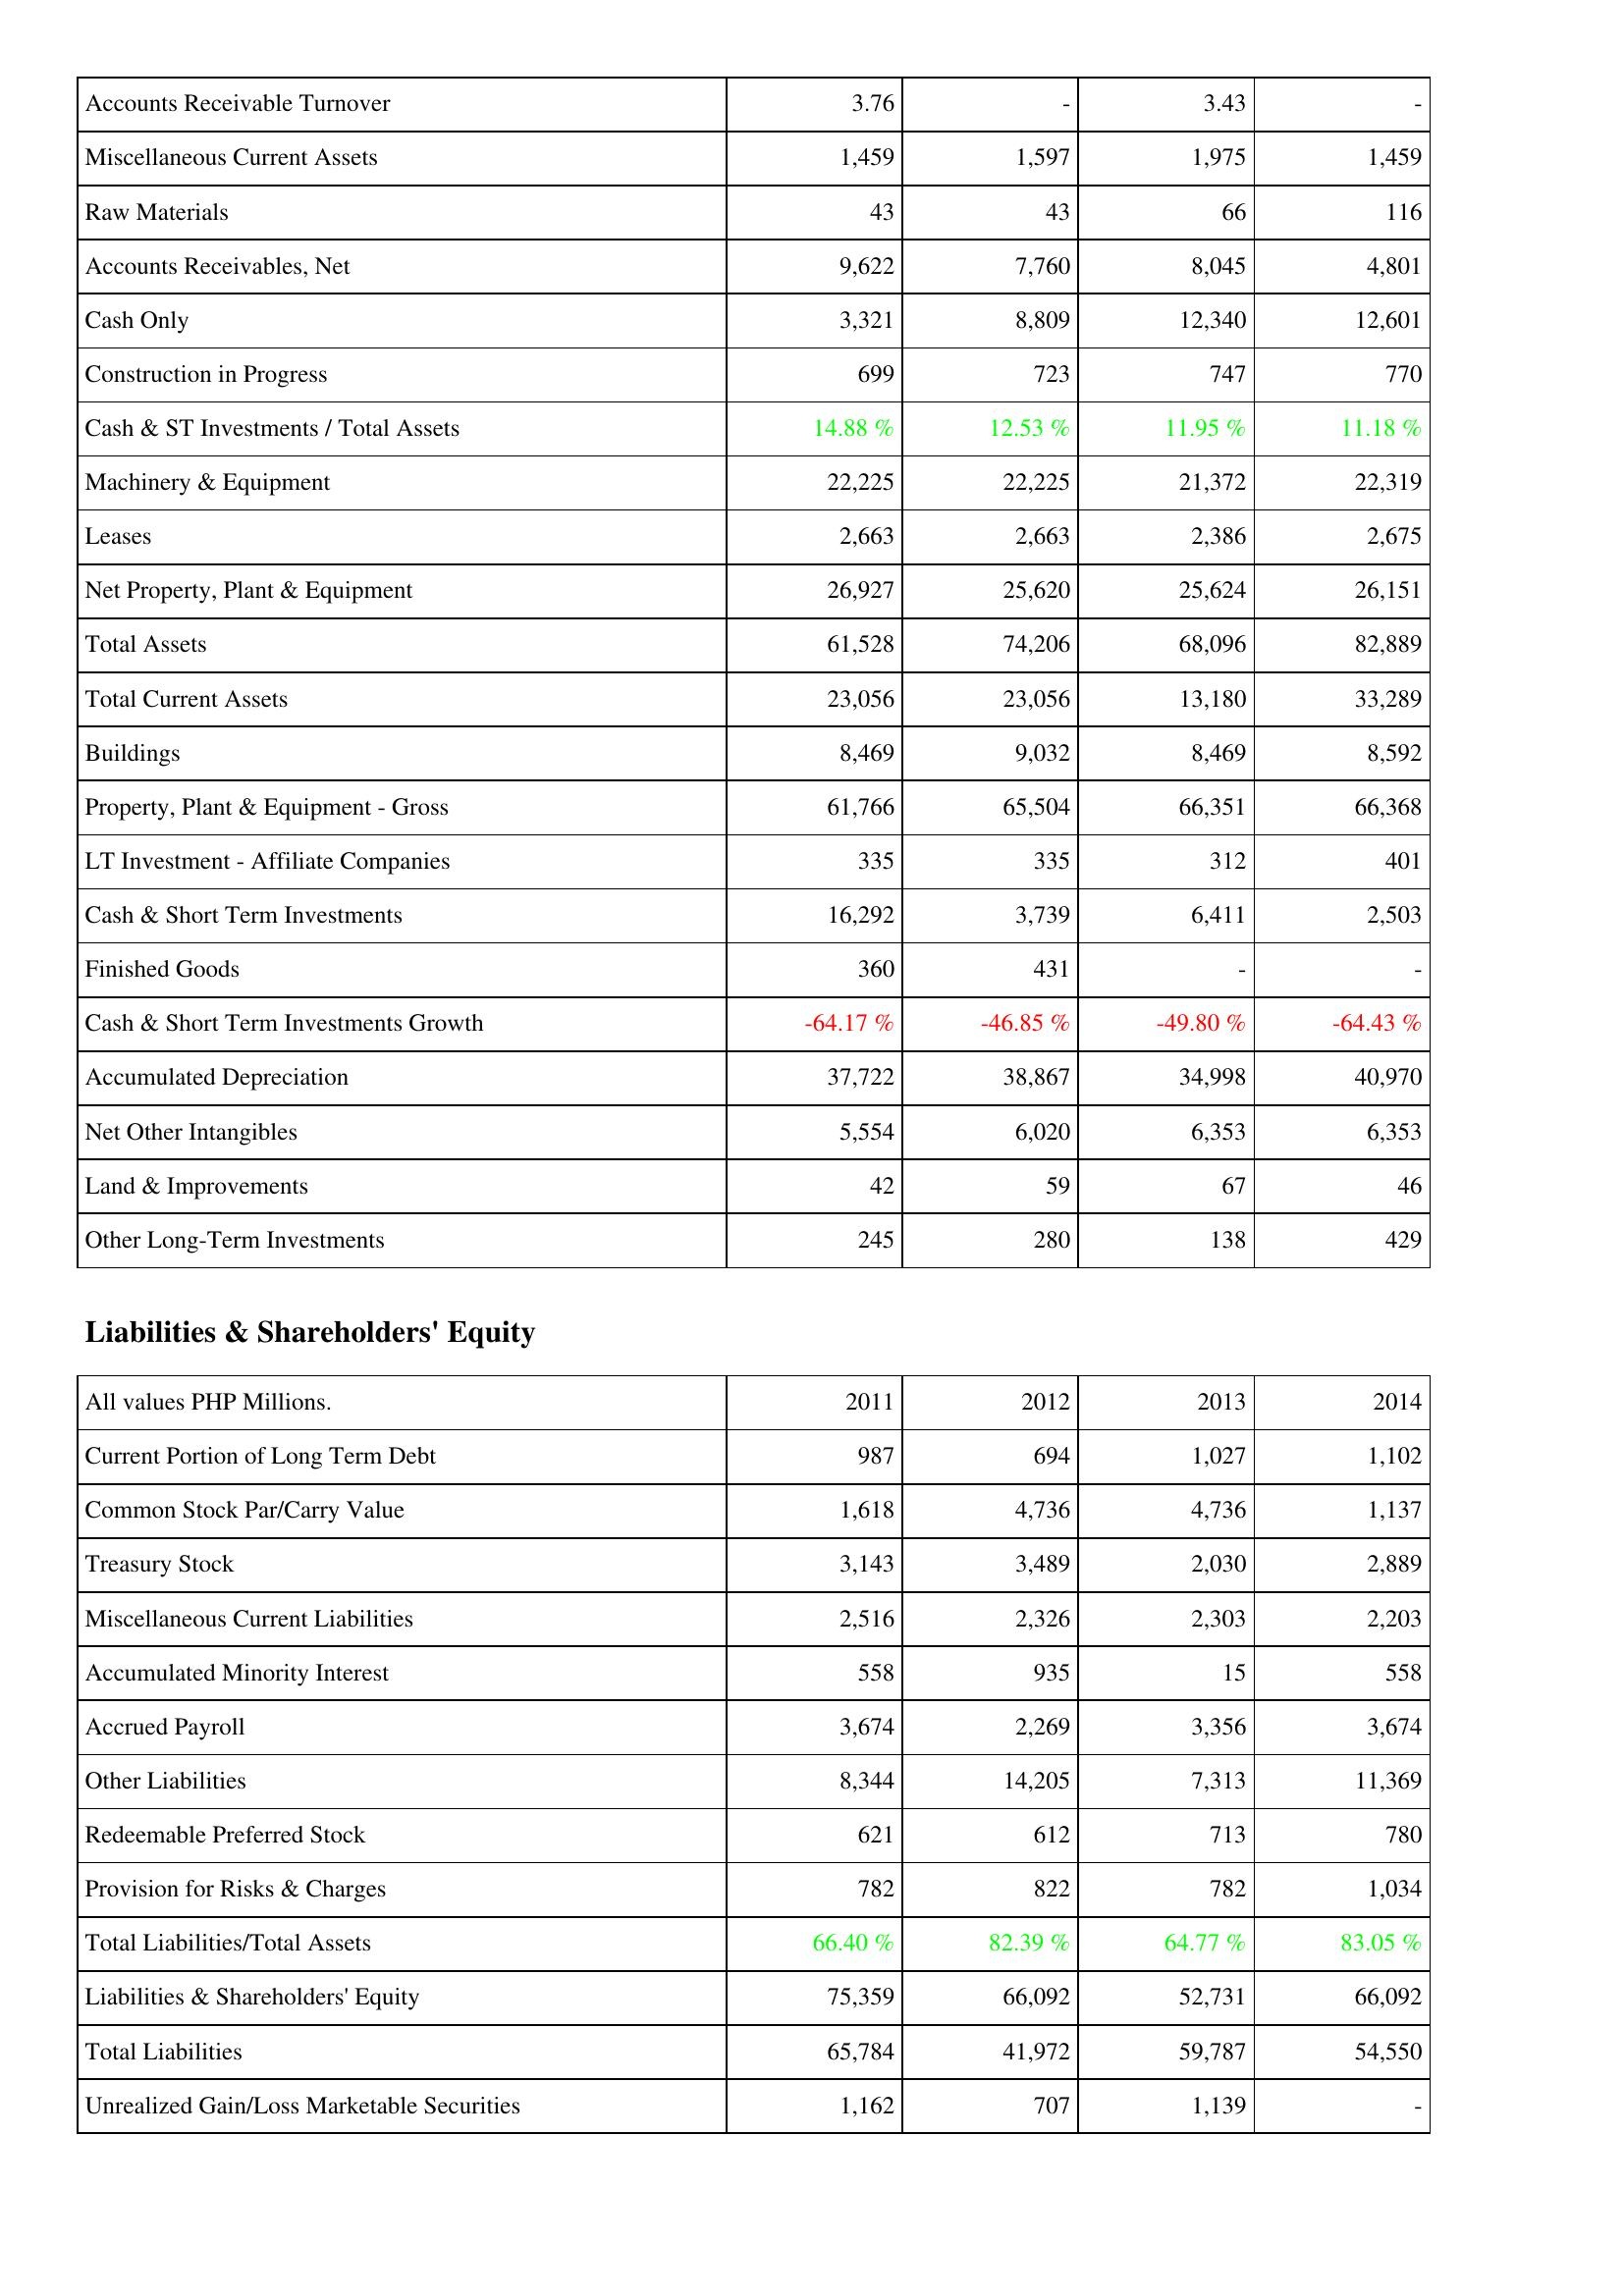
2011: Assets: Accounts Receivable Turnover: 3.76
Miscellaneous Current Assets: 1,459
Raw Materials: 43
Accounts Receivables, Net: 9,622
Cash Only: 3,321
Construction in Progress: 699
Cash & ST Investments / Total Assets: 14.88 %
Machinery & Equipment: 22,225
Leases: 2,663
Net Property, Plant & Equipment: 26,927
Total Assets: 61,528
Total Current Assets: 23,056
Buildings: 8,469
Property, Plant & Equipment - Gross: 61,766
LT Investment - Affiliate Companies: 335
Cash & Short Term Investments: 16,292
Finished Goods: 360
Cash & Short Term Investments Growth: -64.17 %
Accumulated Depreciation: 37,722
Net Other Intangibles: 5,554
Land & Improvements: 42
Other Long-Term Investments: 245
Liabilities & Shareholders' Equity: Current Portion of Long Term Debt: 987
Common Stock Par/Carry Value: 1,618
Treasury Stock: 3,143
Miscellaneous Current Liabilities: 2,516
Accumulated Minority Interest: 558
Accrued Payroll: 3,674
Other Liabilities: 8,344
Redeemable Preferred Stock: 621
Provision for Risks & Charges: 782
Total Liabilities/Total Assets: 66.40 %
Liabilities & Shareholders' Equity: 75,359
Total Liabilities: 65,784
Unrealized Gain/Loss Marketable Securities: 1,162
2012: Assets: Accounts Receivable Turnover: -
Miscellaneous Current Assets: 1,597
Raw Materials: 43
Accounts Receivables, Net: 7,760
Cash Only: 8,809
Construction in Progress: 723
Cash & ST Investments / Total Assets: 12.53 %
Machinery & Equipment: 22,225
Leases: 2,663
Net Property, Plant & Equipment: 25,620
Total Assets: 74,206
Total Current Assets: 23,056
Buildings: 9,032
Property, Plant & Equipment - Gross: 65,504
LT Investment - Affiliate Companies: 335
Cash & Short Term Investments: 3,739
Finished Goods: 431
Cash & Short Term Investments Growth: -46.85 %
Accumulated Depreciation: 38,867
Net Other Intangibles: 6,020
Land & Improvements: 59
Other Long-Term Investments: 280
Liabilities & Shareholders' Equity: Current Portion of Long Term Debt: 694
Common Stock Par/Carry Value: 4,736
Treasury Stock: 3,489
Miscellaneous Current Liabilities: 2,326
Accumulated Minority Interest: 935
Accrued Payroll: 2,269
Other Liabilities: 14,205
Redeemable Preferred Stock: 612
Provision for Risks & Charges: 822
Total Liabilities/Total Assets: 82.39 %
Liabilities & Shareholders' Equity: 66,092
Total Liabilities: 41,972
Unrealized Gain/Loss Marketable Securities: 707
2013: Assets: Accounts Receivable Turnover: 3.43
Miscellaneous Current Assets: 1,975
Raw Materials: 66
Accounts Receivables, Net: 8,045
Cash Only: 12,340
Construction in Progress: 747
Cash & ST Investments / Total Assets: 11.95 %
Machinery & Equipment: 21,372
Leases: 2,386
Net Property, Plant & Equipment: 25,624
Total Assets: 68,096
Total Current Assets: 13,180
Buildings: 8,469
Property, Plant & Equipment - Gross: 66,351
LT Investment - Affiliate Companies: 312
Cash & Short Term Investments: 6,411
Finished Goods: -
Cash & Short Term Investments Growth: -49.80 %
Accumulated Depreciation: 34,998
Net Other Intangibles: 6,353
Land & Improvements: 67
Other Long-Term Investments: 138
Liabilities & Shareholders' Equity: Current Portion of Long Term Debt: 1,027
Common Stock Par/Carry Value: 4,736
Treasury Stock: 2,030
Miscellaneous Current Liabilities: 2,303
Accumulated Minority Interest: 15
Accrued Payroll: 3,356
Other Liabilities: 7,313
Redeemable Preferred Stock: 713
Provision for Risks & Charges: 782
Total Liabilities/Total Assets: 64.77 %
Liabilities & Shareholders' Equity: 52,731
Total Liabilities: 59,787
Unrealized Gain/Loss Marketable Securities: 1,139
2014: Assets: Accounts Receivable Turnover: -
Miscellaneous Current Assets: 1,459
Raw Materials: 116
Accounts Receivables, Net: 4,801
Cash Only: 12,601
Construction in Progress: 770
Cash & ST Investments / Total Assets: 11.18 %
Machinery & Equipment: 22,319
Leases: 2,675
Net Property, Plant & Equipment: 26,151
Total Assets: 82,889
Total Current Assets: 33,289
Buildings: 8,592
Property, Plant & Equipment - Gross: 66,368
LT Investment - Affiliate Companies: 401
Cash & Short Term Investments: 2,503
Finished Goods: -
Cash & Short Term Investments Growth: -64.43 %
Accumulated Depreciation: 40,970
Net Other Intangibles: 6,353
Land & Improvements: 46
Other Long-Term Investments: 429
Liabilities & Shareholders' Equity: Current Portion of Long Term Debt: 1,102
Common Stock Par/Carry Value: 1,137
Treasury Stock: 2,889
Miscellaneous Current Liabilities: 2,203
Accumulated Minority Interest: 558
Accrued Payroll: 3,674
Other Liabilities: 11,369
Redeemable Preferred Stock: 780
Provision for Risks & Charges: 1,034
Total Liabilities/Total Assets: 83.05 %
Liabilities & Shareholders' Equity: 66,092
Total Liabilities: 54,550
Unrealized Gain/Loss Marketable Securities: -